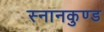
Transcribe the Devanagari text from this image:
स्‍नानकुण्‍ड